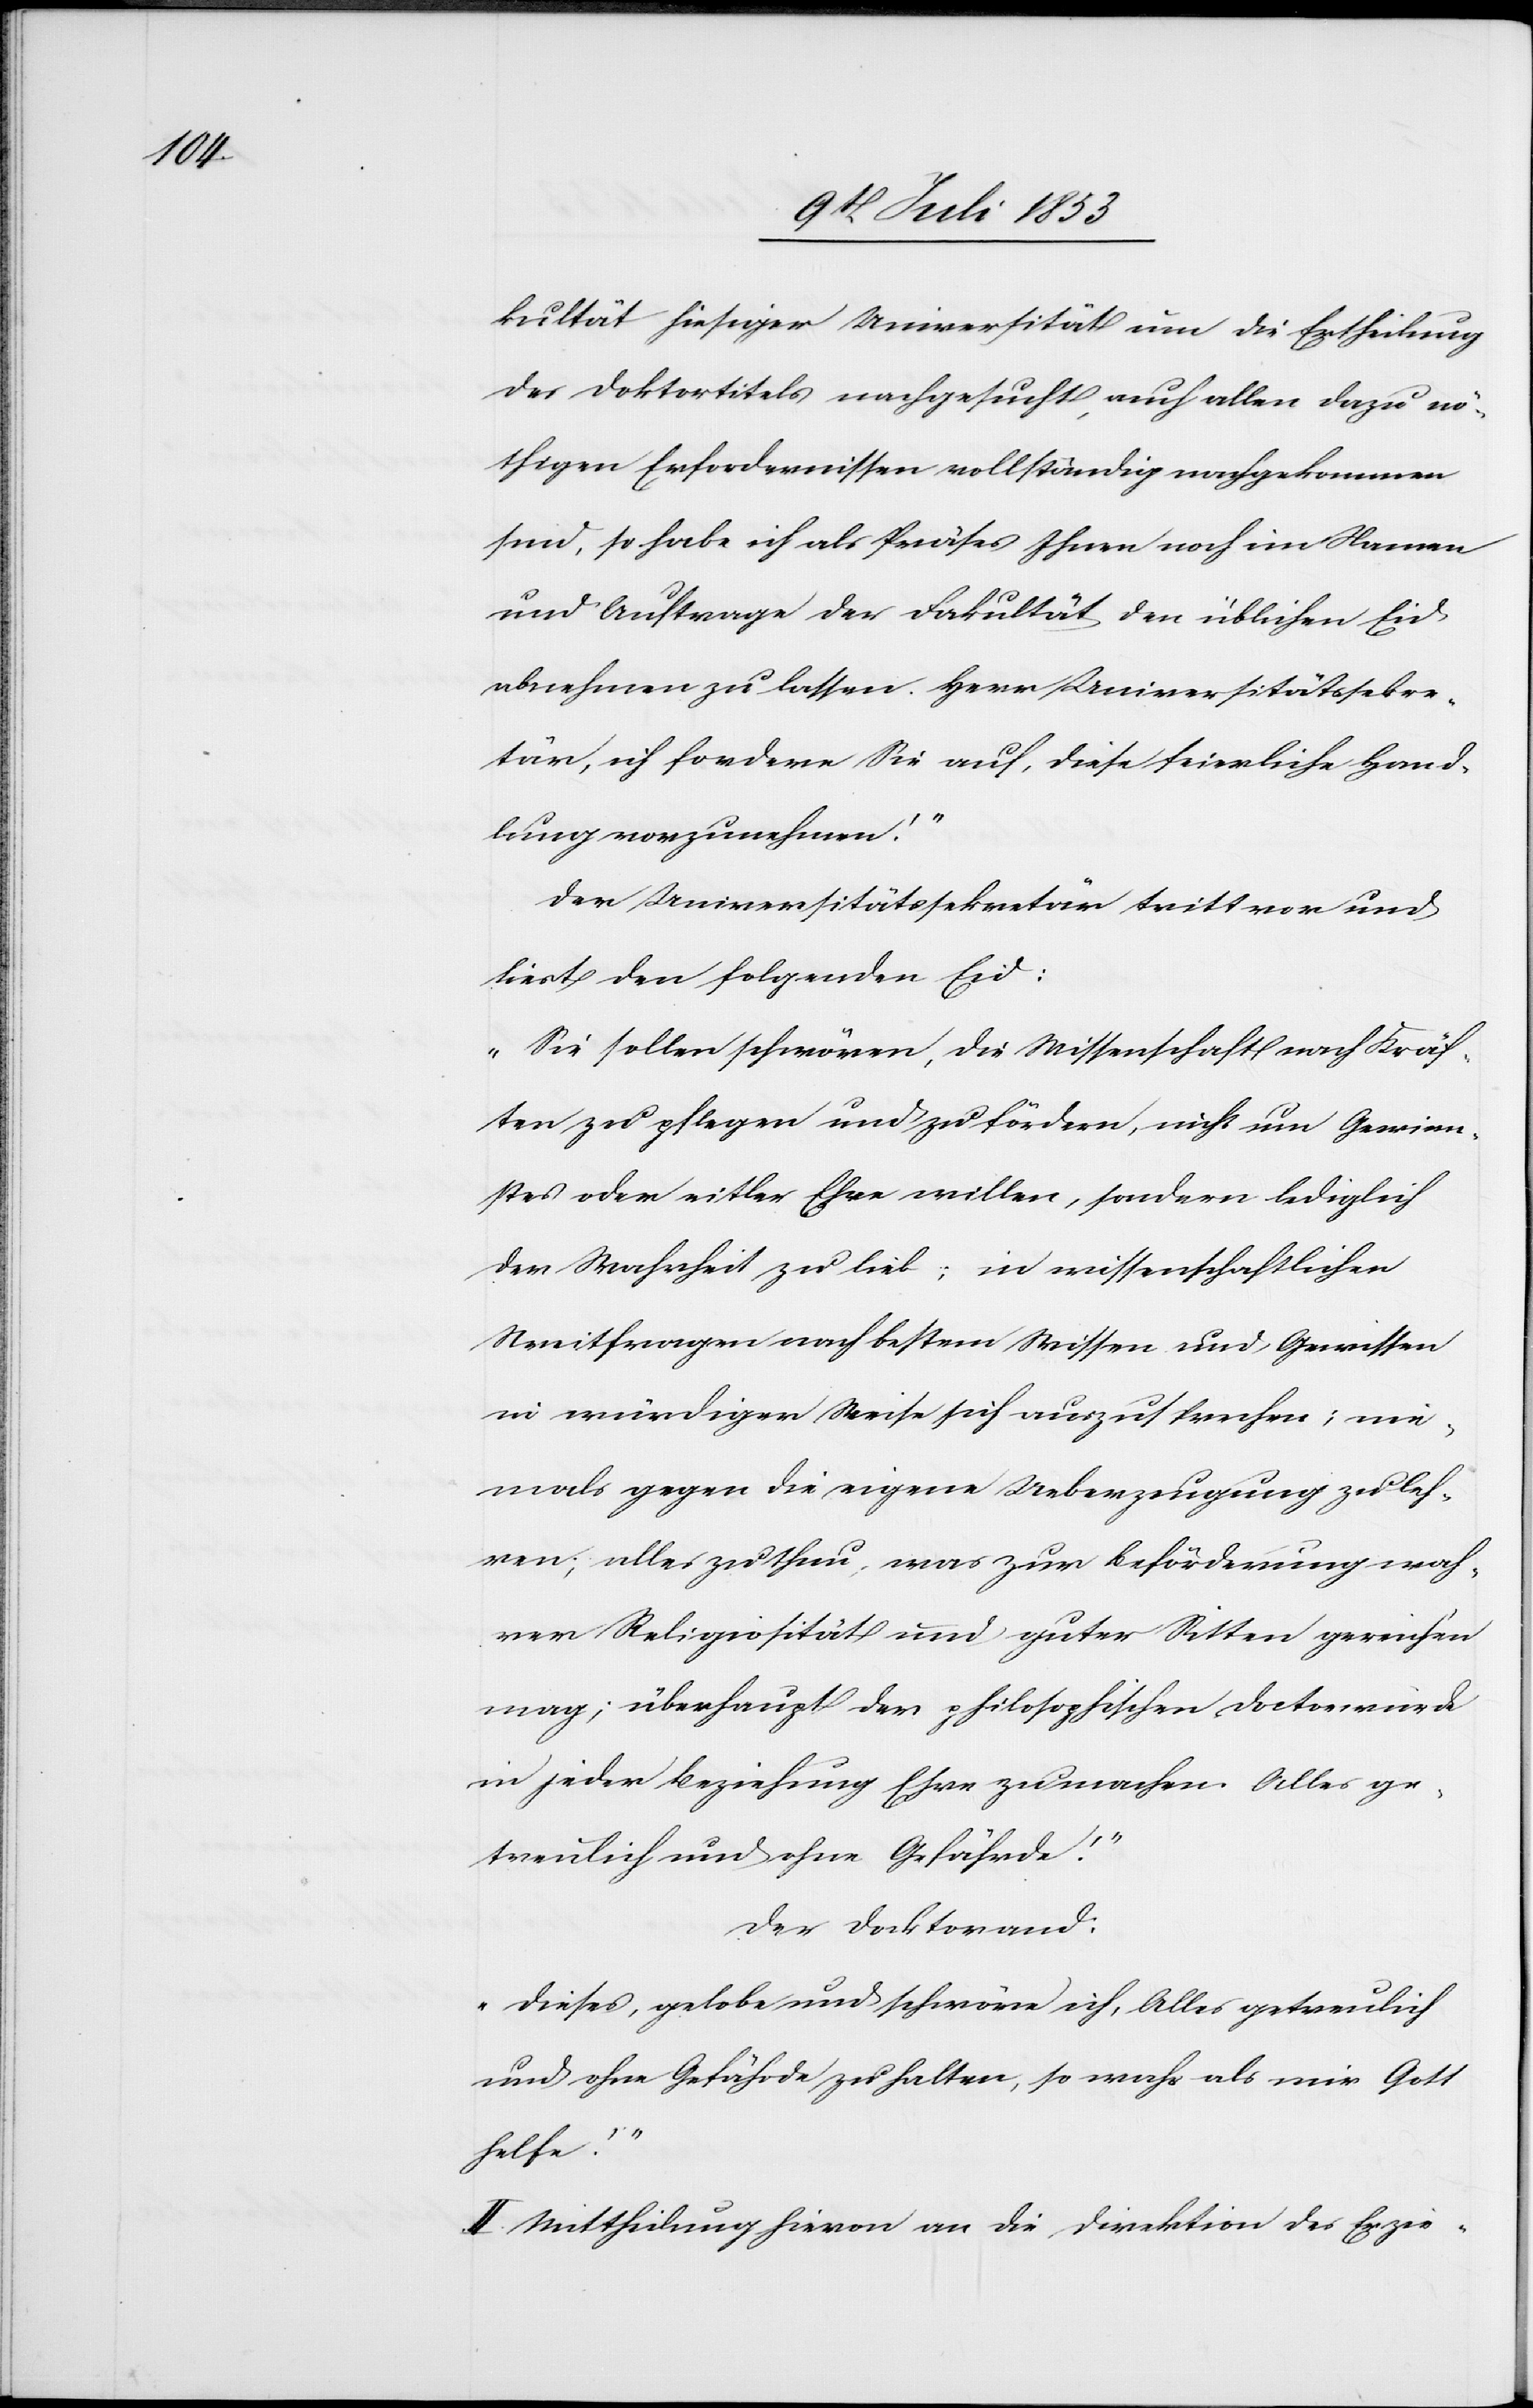
stes

kultät hiesiger Universität um die Ertheilung
des Doktortitels nachgesucht, auch allen dazu nö¬
thigen Erfordernissen vollständig nachgekommen
sind, so habe ich als Präses Ihnen noch im Namen
und Auftrage der Fakultät den üblichen Eid
abnehmen zu lassen. Herr Universitätssekre¬
tär, ich fordere Sie auf, diese feierliche Hand¬
lung vorzunehmen.“
Der Universitätssekretär tritt vor und
liest den folgenden Eid:
„Sie sollen schwören, die Wissenschaft nach Kräf¬
ten zu pflegen und zu fördern, nicht um Gewinn¬
[sic!] oder eitler Ehre willen, sondern lediglich
der Wahrheit zu lieb; in wissenschaftlichen
Streitfragen nach bestem Wissen und Gewissen
in würdiger Weise sich auszusprechen; nie¬
mals gegen die eigene Ueberzeugung zu leh¬
ren; alles zu thun, was zur Beförderung wah¬
rer Religiosität und guter Sitten gereichen
mag; überhaupt der philosophischen Doctorwürde
in jeder Beziehung Ehre zu machen. Alles ge¬
treulich und ohne Gefährde!“
Der Doktorand:
„Dieses, gelobe und schwöre ich, Alles getreulich
und ohne Gefährde zu halten, so wahr mir Gott
helfe!“
II. Mittheilung hievon an die Direktion des Erzie-